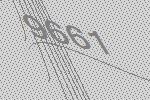
9661